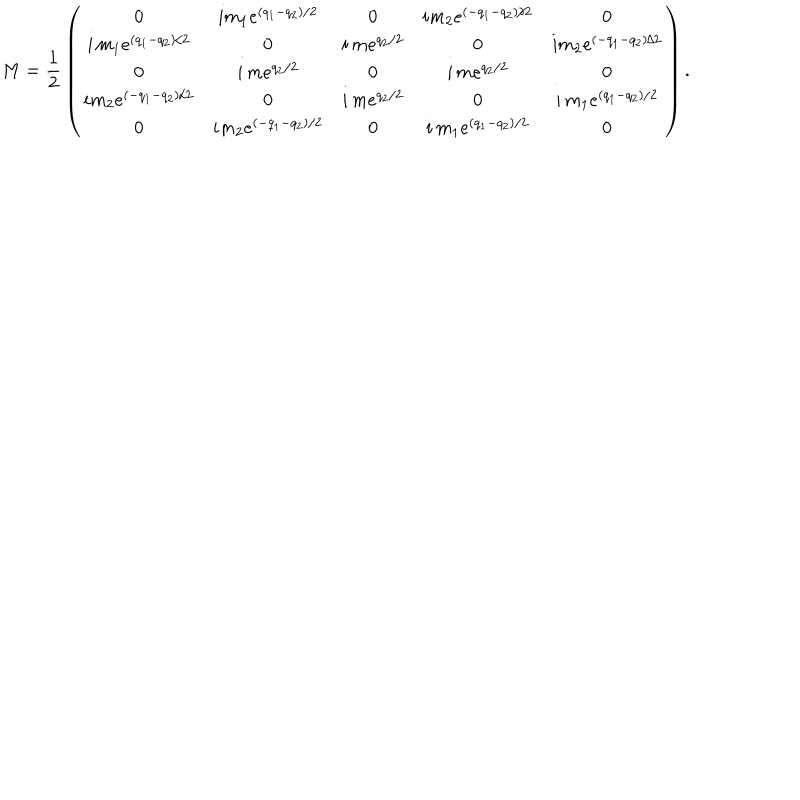
M = { \frac { 1 } { 2 } } \left( \begin{matrix} { { 0 } } & { { i m _ { 1 } e ^ { ( q _ { 1 } - q _ { 2 } ) / 2 } } } & { { 0 } } & { { i m _ { 2 } e ^ { ( - q _ { 1 } - q _ { 2 } ) / 2 } } } & { { 0 } } \\ { { i \, m _ { 1 } e ^ { ( q _ { 1 } - q _ { 2 } ) / 2 } } } & { { 0 } } & { { i \, m e ^ { q _ { 2 } / 2 } } } & { { 0 } } & { { i m _ { 2 } e ^ { ( - q _ { 1 } - q _ { 2 } ) / 2 } } } \\ { { 0 } } & { { i \, m e ^ { q _ { 2 } / 2 } } } & { { 0 } } & { { i \, m e ^ { q _ { 2 } / 2 } } } & { { 0 } } \\ { { i m _ { 2 } e ^ { ( - q _ { 1 } - q _ { 2 } ) / 2 } } } & { { 0 } } & { { i \, m e ^ { q _ { 2 } / 2 } } } & { { 0 } } & { { i \, m _ { 1 } e ^ { ( q _ { 1 } - q _ { 2 } ) / 2 } } } \\ { { 0 } } & { { i m _ { 2 } e ^ { ( - q _ { 1 } - q _ { 2 } ) / 2 } } } & { { 0 } } & { { i \, m _ { 1 } e ^ { ( q _ { 1 } - q _ { 2 } ) / 2 } } } & { { 0 } } \\ \end{matrix} \right) .